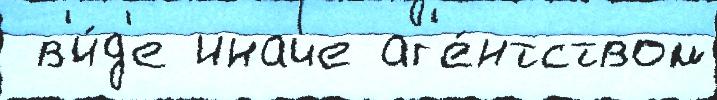
 в'и́д'е иначе аг'е́нтством